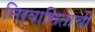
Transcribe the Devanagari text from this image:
निर्वासिताची